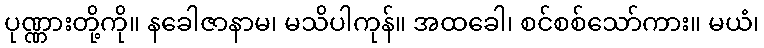
ပုဏ္ဏားတို့ကို။ နခေါဇာနာမ၊ မသိပါကုန်။ အထခေါ၊ စင်စစ်သော်ကား။ မယံ၊